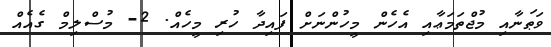
ވަޠަނާއި މުޖްތަމަޢާއި އެހެން މީހުންނަށް ފައިދާ ހުރި މީހެއް. 2- މުސްލިމް ގެއެއް